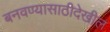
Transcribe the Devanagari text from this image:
बनवण्यासाठीदेखील